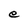
Character: e